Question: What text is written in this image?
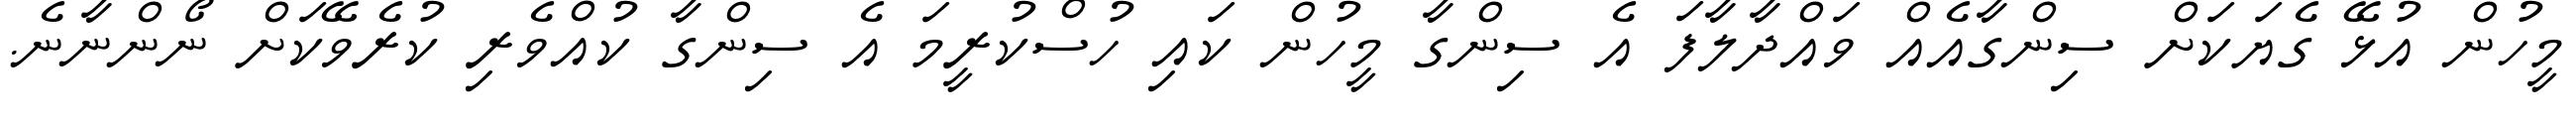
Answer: މީހުން އުޅޭ ގެޔަކަށް ސިންގާއެއް ވައްދާލާފަ އެ ސިންގާ މީހުން ކައި ހުސްކުރީމަ އެ ސިންގާ ކުއްވެރި ކުރެވޭކަށް ނޯންނާނެ.